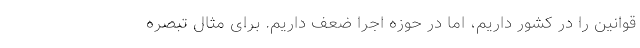
قوانین را در کشور داریم، اما در حوزه اجرا ضعف داریم. برای مثال تبصره